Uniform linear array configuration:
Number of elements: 48
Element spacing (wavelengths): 0.25
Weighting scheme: kaiser
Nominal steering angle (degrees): -30
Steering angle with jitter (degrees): -29.359
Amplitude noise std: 0.05
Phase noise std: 0.05

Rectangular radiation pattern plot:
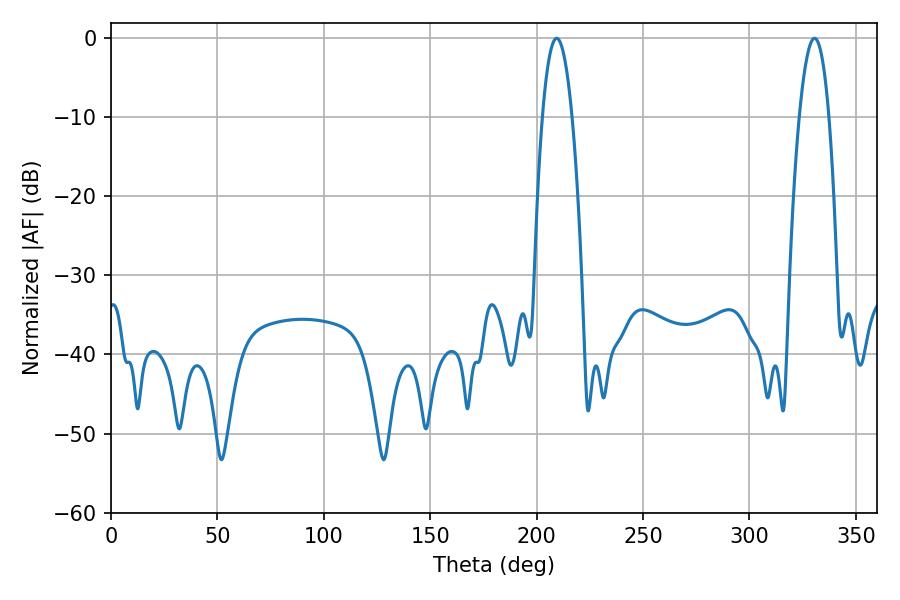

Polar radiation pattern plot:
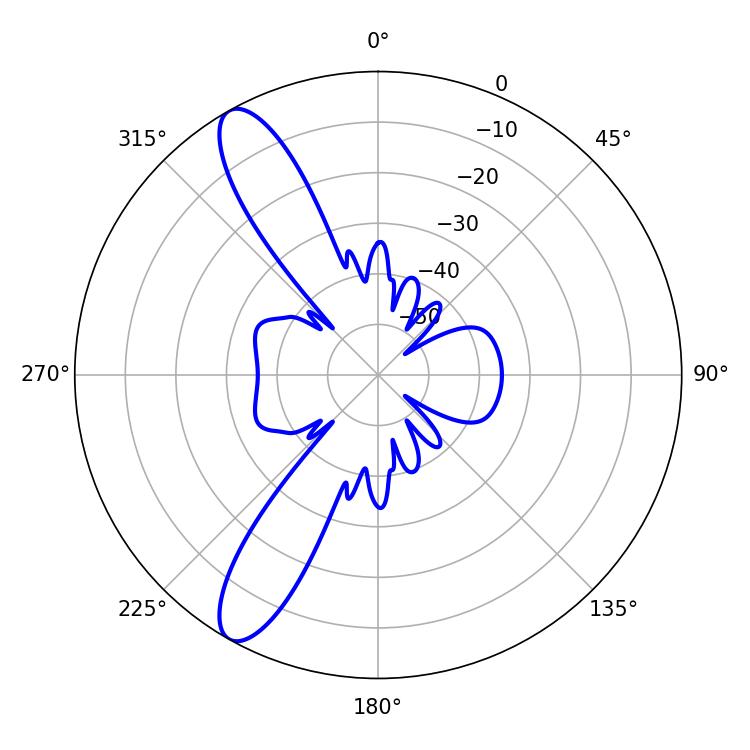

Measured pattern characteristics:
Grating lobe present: FALSE
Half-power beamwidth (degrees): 7.74
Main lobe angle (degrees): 209.34